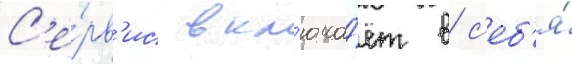
С'е́рв'ис вкл'юча́ет в с'еб'я́